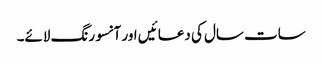
سات سال کی دعا ئیں اور آنسو رنگ لائے۔